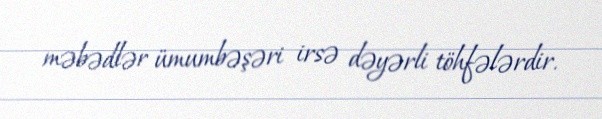
məbədlər ümumbəşəri irsə dəyərli töhfələrdir.